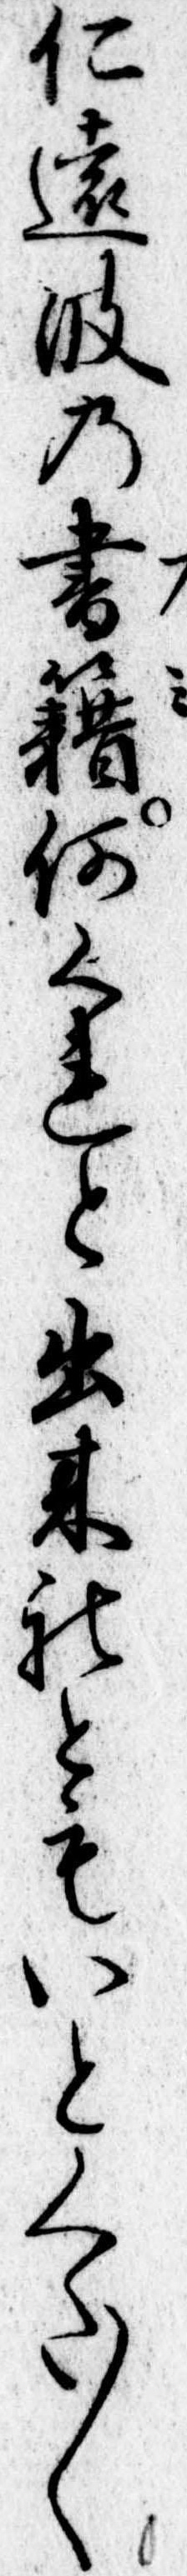
仁遠波の書籍何くれと出来れともいとくた〱